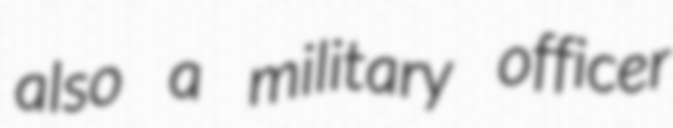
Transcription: also a military officer